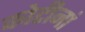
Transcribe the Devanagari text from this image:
कोटीनां